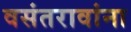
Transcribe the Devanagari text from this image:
वसंतरावांना